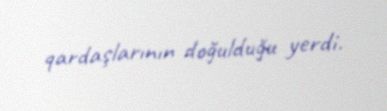
qardaşlarının doğulduğu yerdi.